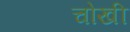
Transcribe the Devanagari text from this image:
चोखी